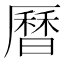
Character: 曆